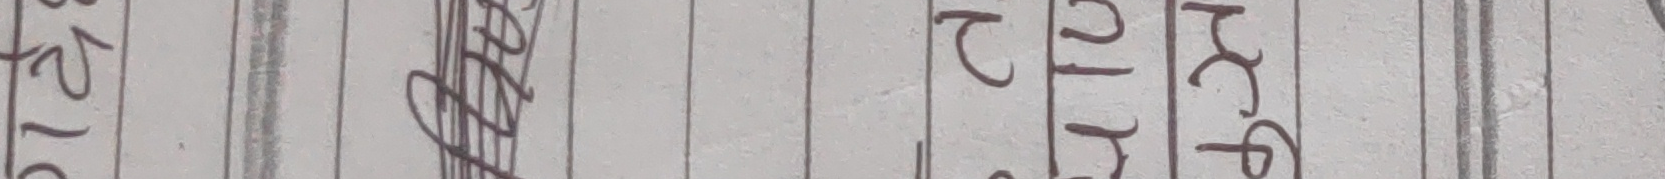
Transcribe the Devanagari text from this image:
एफपि यु